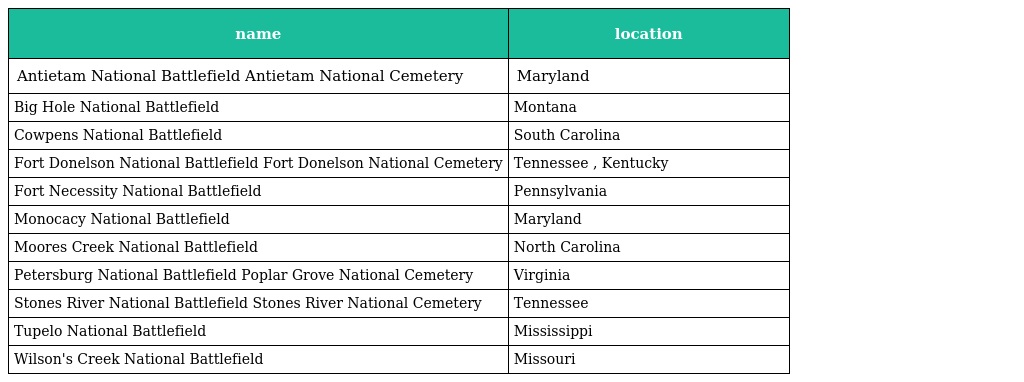
| name | location |
 | --- | --- |
 | Antietam National Battlefield Antietam National Cemetery | Maryland |
 | Big Hole National Battlefield | Montana |
 | Cowpens National Battlefield | South Carolina |
 | Fort Donelson National Battlefield Fort Donelson National Cemetery | Tennessee , Kentucky |
 | Fort Necessity National Battlefield | Pennsylvania |
 | Monocacy National Battlefield | Maryland |
 | Moores Creek National Battlefield | North Carolina |
 | Petersburg National Battlefield Poplar Grove National Cemetery | Virginia |
 | Stones River National Battlefield Stones River National Cemetery | Tennessee |
 | Tupelo National Battlefield | Mississippi |
 | Wilson's Creek National Battlefield | Missouri |